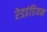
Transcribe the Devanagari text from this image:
रेडइंडियन